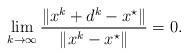
LaTeX: \begin{align*}\lim_{k\to\infty}\frac{\|x^k+d^k-x^\star\|}{\|x^k-x^\star\|}=0.\end{align*}